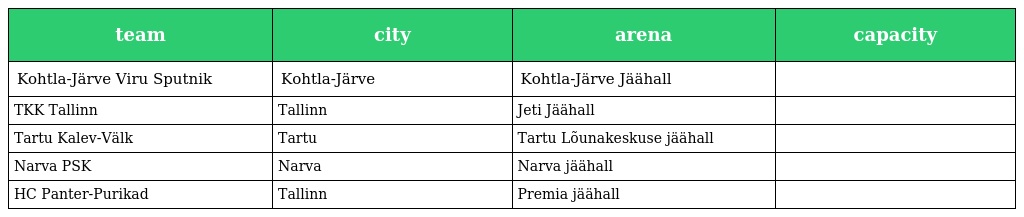
| team | city | arena | capacity |
 | --- | --- | --- | --- |
 | Kohtla-Järve Viru Sputnik | Kohtla-Järve | Kohtla-Järve Jäähall |  |
 | TKK Tallinn | Tallinn | Jeti Jäähall |  |
 | Tartu Kalev-Välk | Tartu | Tartu Lõunakeskuse jäähall |  |
 | Narva PSK | Narva | Narva jäähall |  |
 | HC Panter-Purikad | Tallinn | Premia jäähall |  |